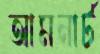
আমনার্ট